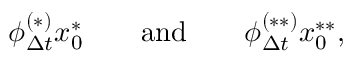
\phi _ { \Delta t } ^ { ( * ) } x _ { 0 } ^ { * } \qquad \mathrm { a n d } \qquad \phi _ { \Delta t } ^ { ( * * ) } x _ { 0 } ^ { * * } ,